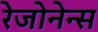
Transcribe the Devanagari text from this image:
रेजोनेन्स